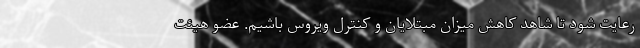
رعایت شود تا شاهد کاهش میزان مبتلایان و کنترل ویروس باشیم. عضو هیئت